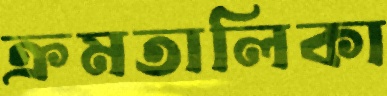
ক্রমতালিকা